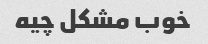
خوب مشکل چیه